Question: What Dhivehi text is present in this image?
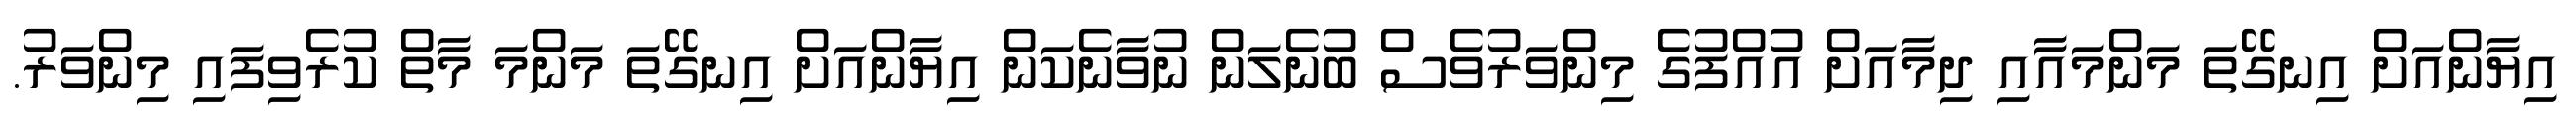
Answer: އިޔާންއަށް އިނގޭތަ މަންމައާއި ދިމާއަށް އުއްފުގެ މިންވަރުވެސް ބުނެލަން ނުވާނެކަން އިޔާންއަށް އިނގޭތަ މަންމަ މާތް ކުރެވިފައި މިންވަރު.